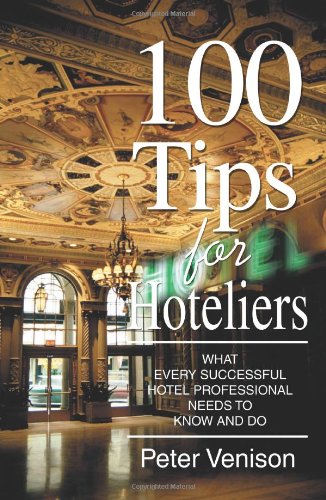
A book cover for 100 Tips for Hoteliers: What Every Successful Hotel Professional Needs to Know and Do; Peter Venison; Business & Money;